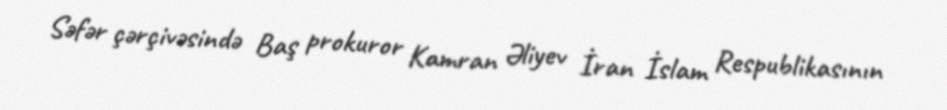
Səfər çərçivəsində Baş prokuror Kamran Əliyev İran İslam Respublikasının